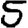
Digit: 5